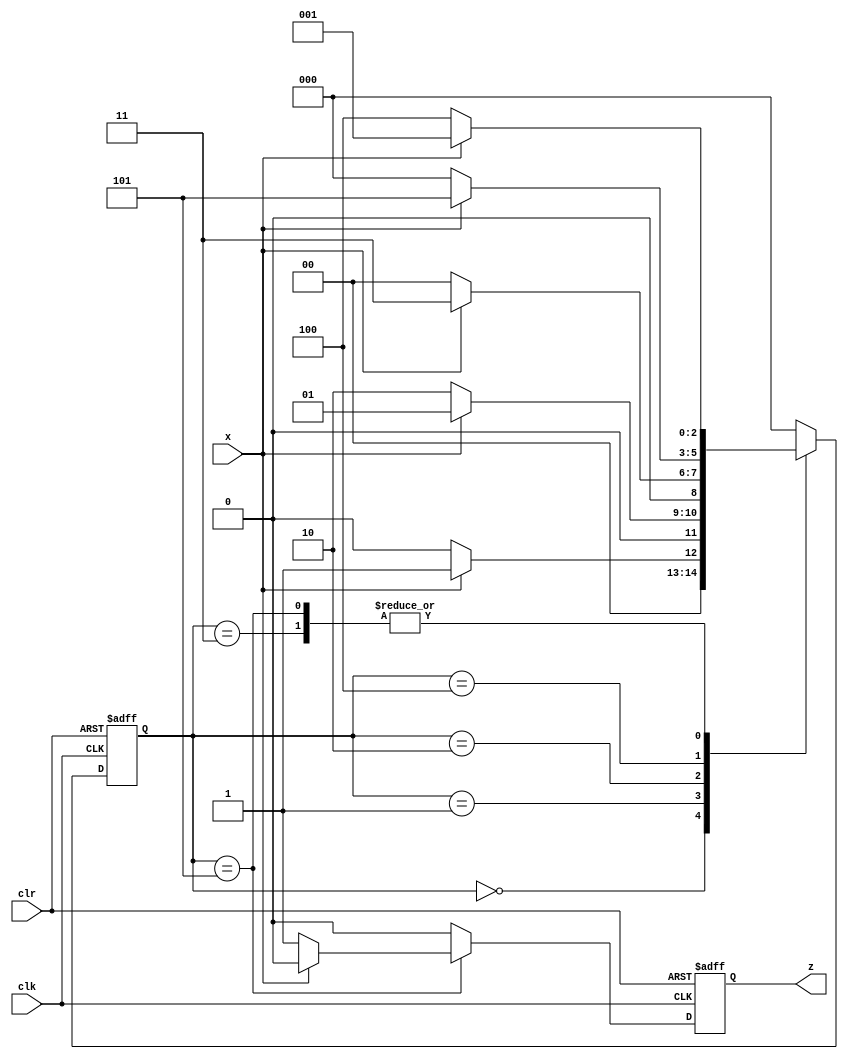
module seq(
    input x,         // Input signal x
    input clk,       // Clock signal
    input clr,       // Asynchronous clear signal
    output reg z     // Output signal z
);

    // State encoding
    parameter S0 = 0, S1 = 1, S2 = 2, S3 = 3, S4 = 4, S5 = 5;
    reg [2:0] PS, NS;  // PS: Present State, NS: Next State

    // State transition logic (synchronous with asynchronous clear)
    always @(posedge clk or posedge clr) begin
        if (clr)
            PS <= S0;    // Reset to initial state S0 when clear is active
        else
            PS <= NS;    // Transition to next state
    end

    // Next state logic (combinational)
    always @(*) begin
        case (PS)
            S0: NS = x ? S1 : S0;  // If x is 1, go to S1, otherwise stay in S0
            S1: NS = x ? S1 : S2;  // If x is 1, stay in S1, otherwise go to S2
            S2: NS = x ? S3 : S0;  // If x is 1, go to S3, otherwise go to S0
            S3: NS = x ? S1 : S4;  // If x is 1, go to S1, otherwise go to S4
            S4: NS = x ? S5 : S0;  // If x is 1, go to S5, otherwise go to S0
            S5: NS = x ? S1 : S4;  // If x is 1, go to S1, otherwise stay in S4
            default: NS = S0;      // Default state is S0
        endcase
    end

    // Output logic (synchronous with asynchronous clear)
    always @(posedge clk or posedge clr) begin
        if (clr)
            z <= 0;    // Reset output z when clear is active
        else begin
            case (PS)
                S0: z <= 0;  // Output z is 0 in state S0
                S1: z <= 0;  // Output z is 0 in state S1
                S2: z <= 0;  // Output z is 0 in state S2
                S3: z <= 0;  // Output z is 0 in state S3
                S4: z <= 0;  // Output z is 0 in state S4
                S5: z <= x ? 0 : 1;  // Output z is 0 if x is 1, otherwise 1 in state S5
                default: z <= 0;  // Default output is 0
            endcase
        end
    end
endmodule